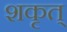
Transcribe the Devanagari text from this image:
शकृत्